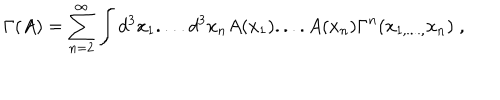
\Gamma ( A ) = \sum _ { n = 2 } ^ { \infty } \int d ^ { 3 } x _ { 1 } . . . . d ^ { 3 } x _ { n } A ( x _ { 1 } ) . . . . A ( x _ { n } ) \Gamma ^ { n } ( x _ { 1 , . . . . , } x _ { n } ) \; ,